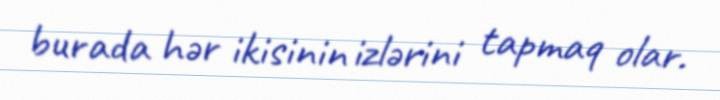
burada hər ikisinin izlərini tapmaq olar.